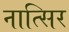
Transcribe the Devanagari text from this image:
नात्सिर